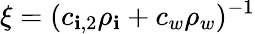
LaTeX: \xi=(c_{\mathbf{i},2}\rho_{\mathbf{i}}+c_{w}\rho_{w})^{-1}